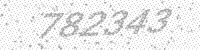
Solution: 782343